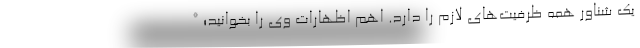
یک شناور همه ظرفیت‌های لازم را دارد. اهم اظهارات وی را بخوانید؛ *